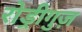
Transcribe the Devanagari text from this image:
रोड्रीगुज़